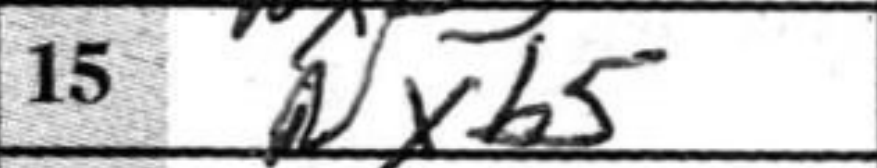
Transcription: Nxb5